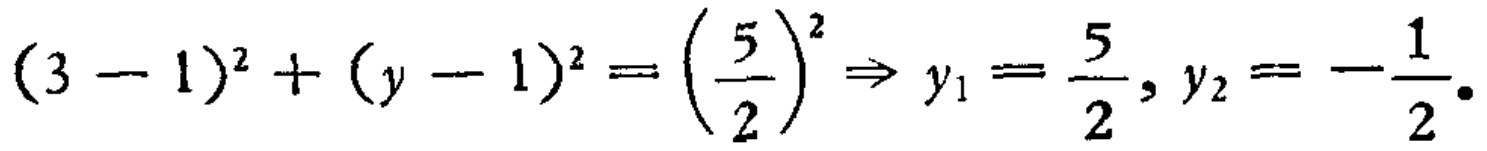
\((3 - 1)^2 + (y - 1)^2 = \left(\frac{5}{2}\right)^2 \Rightarrow y_1 = \frac{5}{2}, y_2 = -\frac{1}{2}.\)